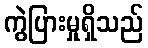
ကွဲပြားမှုရှိသည်